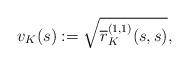
LaTeX: \begin{align*}v_K(s):=\sqrt{\overline{r}^{(1,1)}_{K}(s,s)},\end{align*}